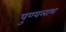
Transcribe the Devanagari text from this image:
पुण्यलाभ